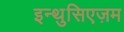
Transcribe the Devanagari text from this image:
इन्थुसिएज़म